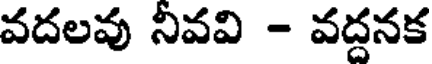
వదలవు నీవవి - వద్దనక